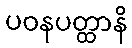
ပဝနပတ္ထာနိ